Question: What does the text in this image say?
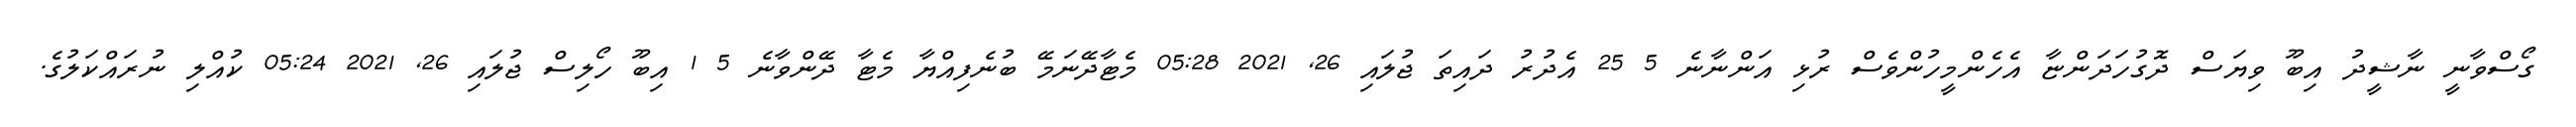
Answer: ގޯސްވާނީ ނާޝީދު އިބޫ ވިޔަސް ދޮގުހަދަންޏާ އެހެންމީހުންވެސް ރުޅި އަންނާނެ 5 25 އެދުރު ދައިތަ ޖުލައި 26, 2021 05:28 މެޓާދޭނަމޭ ބުނެފިއްޔާ މެޓާ ދޭންވާނެ 5 1 އިބޫ ހޯލިސް ޖުލައި 26, 2021 05:24 ކުއްލި ނުރައްކަލުގެ.